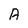
Character: A